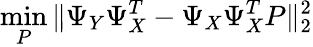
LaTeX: \operatorname*{min}_{P}\| \Psi_{Y}\Psi_{X}^{T}-\Psi_{X}\Psi_{X}^{T}P\| _{2}^{2}